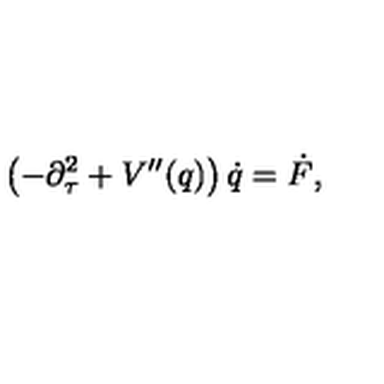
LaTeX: \left( - \partial _ { \tau } ^ { 2 } + V ^ { \prime \prime } ( q ) \right) \dot { q } = \dot { F } ,